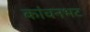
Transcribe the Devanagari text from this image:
कांचनभट